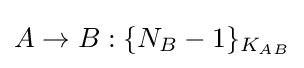
A\rightarrow B:\{N_{B}-1\}_{K_{AB}}